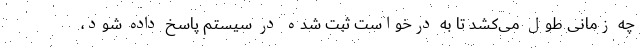
چه زمانی طول می‌کشد تا به درخواست ثبت شده در سیستم پاسخ داده شود،